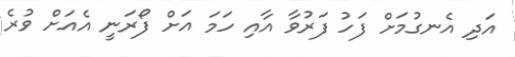
އަދި އެނގުމަށް ފަހު ފަރުވާ އާއި ހަމަ އަށް ފޯރަނީ އެއަށް ވުރެ